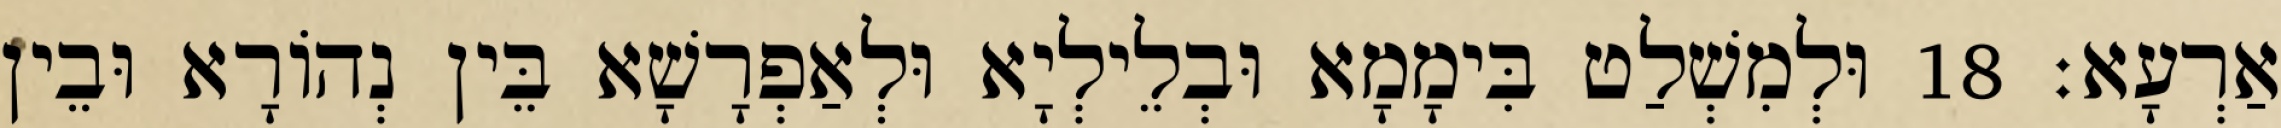
אַרְעָא׃ 18 וּלְמִשְׁלַט בִּימָמָא וּבְלֵילְיָא וּלְאַפְרָשָׁא בֵּין נְהוֹרָא וּבֵין